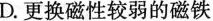
D.更换磁性较弱的磁铁